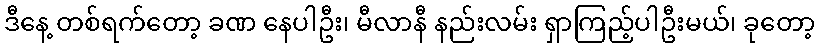
ဒီနေ့ တစ်ရက်တော့ ခဏ နေပါဦး၊ မီလာနီ နည်းလမ်း ရှာကြည့်ပါဦးမယ်၊ ခုတော့